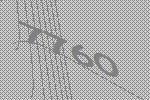
7760